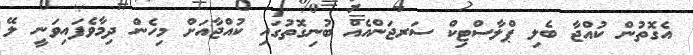
އެގޮތުން ކުއްޖާ ބެލި ޕްލާސްޓިކް ސަރޖަންއެއް ބުނިގޮތުގައި ކުއްޖާއަށް މިހެން ދިމާވެފައިވަނީ ލޭ